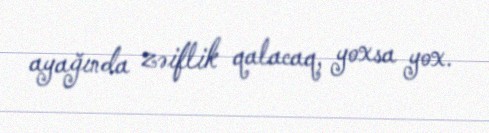
ayağında zəiflik qalacaq, yoxsa yox.